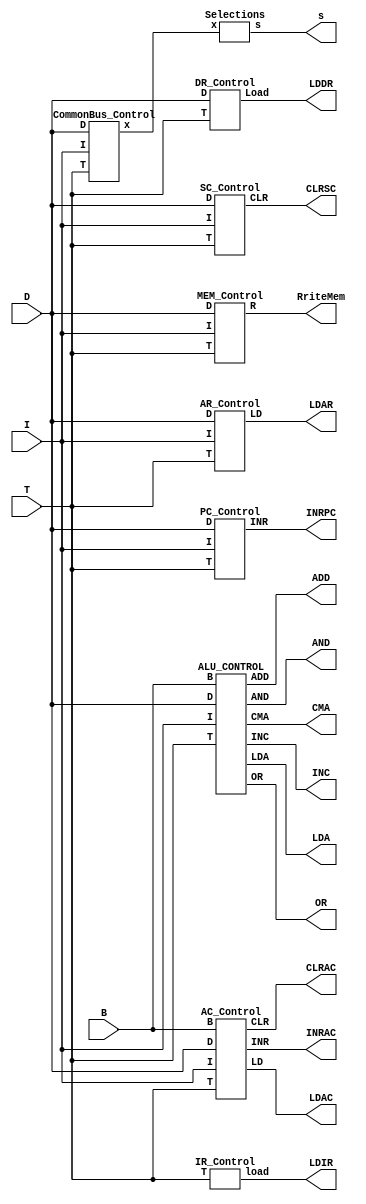
module ControlUnit ( 
    input [7:0] T, input [7:0] D ,input I, input [7:0] B, 
    output  LDAC, CLRAC, INRAC,LDAR,RriteMem,LDDR,LDIR,INRPC,CLRSC,
    output [0:2] s, 
    output AND,ADD,LDA,CMA,OR,INC
); 
// AC 
AC_Control my_ac ( 
    .T(T), 
    .D(D), 
    .I(I), 
    .B(B), 
    .LD(LDAC), 
    .CLR(CLRAC), 
    .INR(INRAC) 
); 
//AR 
AR_Control ar(
.I(I),
.T(T),
.D(D),
.LD(LDAR)
) ; 
 //DR OUT
 DR_Control dr ( 
 .T(T),
 .D(D),
 .Load(LDDR)
); 
 //IR
IR_Control  ir ( 
 .T(T),
 .load(LDIR)
); 
 //PC 
 PC_Control  pc ( 
 .T(T),
 .D(D),
 .I(I),
 .INR(INRPC)
); 
//RAM 
 MEM_Control mem ( 
 .I(I), 
 .T(T),  
 .D(D), 
 .R(RriteMem) 
); 
// SC 
SC_Control  sc ( 
 .T(T),
 .D(D),
 .I(I),
 .CLR(CLRSC)
); 
// controlBus 
wire [7:0]x; 
CommonBus_Control commanBus( 
.x(x),  
.D(D), 
.T(T), 
.I(I) 
); 
Selections SELECT( 
    .x(x), 
    .s(s) 
); 
ALU_CONTROL alu ( 
.B(B),  
.D(D), 
.T(T), 
.I(I),
.AND(AND),
.ADD(ADD),
.LDA(LDA),
.CMA(CMA),
.OR(OR),
.INC(INC) 
); 
endmodule 
//  AC_Control 
module AC_Control ( 
    input [7:0] T, input [7:0] D ,input I, input [7:0] B, 
    output  LD,CLR,INR 
); 
assign LD= (T[5]  & (D[0]|D[1]|D[2]) ) | ((D[7] & !I & T[3]) &B[2]) | (D[5]&T[5])|((D[7] & !I & T[3])&B[0]); //B[9]
assign CLR = (D[7] & !I & T[3]) & B[3]; //B[11]
assign INR =0;  //B[5]
endmodule 
//   AR_Control 
module AR_Control(LD, T, D, I); 
 input  I; 
 input [7:0] T, D; 
 output LD; 
 assign LD =((~D[7]) & I & T[3]) | T[2] |T[0];
endmodule 
//   DR_Control 
module DR_Control ( 
    Load,  T, D 
); 
input [7:0] T,D; 
 output Load ; 
 assign Load = (T[4] &(D[0] | D[1] | D[2] )) | (D[5]&T[4]) ; 
endmodule 
// IR_Control 
module IR_Control ( 
    load, T 
); 
input [7:0] T; 
output load; 
assign load=T[1]; 
endmodule 
// PC_Control 
module PC_Control ( 
    I, D, T,INR 
); 
input I; 
input [7:0] T, D; 
output  INR; 
assign INR=(T[1]); 
endmodule 
//CommonBus_Control 
module CommonBus_Control(x, D, T, I); 
 input  I; 
 input [7:0] T, D; 
 output [7:0] x;  
 assign x[0]=0; 
 assign x[1] = (D[4] & T[4]) | (D[5] & T[5]);  //AR  
 assign x[2] = (D[5] & T[4]) | T[0];  //PC  
 assign x[3] = (T[6] & D[6]) |(T[5] & D[2]);     //DR  
 assign x[4] = (D[3] & T[4]);     //AC  
 assign x[5] = T[2] ;   
 assign x[6] =0;       
 assign x[7] = T[1] | ((~D[7]) & I & T[3]) | ((D[0] | D[1] | D[2] |D[6]) & T[4]) | (D[5]&T[4]);   // M[AR]   
endmodule 
////////////////////////
module Selections ( 
 input [7:0]x, 
 output [2:0]s 
); 
assign s[0]=x[1] | x[3] | x[5] | x[7]; 
assign s[1]=x[2] | x[3] | x[6] | x[7]; 
assign s[2]=x[4] | x[5] | x[6] | x[7]; 
endmodule 
// ram_control 
module MEM_Control( 
 input  I, 
 input [7:0] T, D, 
 output wire R 
); 
 assign R = (T[1]) | (~D[7] & I & T[3]) | ((D[2] | D[1] | D[0]) & T[4]) | (D[5]&T[4]);  
endmodule 
// rest of instruction_control 
module ALU_CONTROL ( 
 T, D, I,B ,
AND,ADD,LDA,CMA,OR,INC
); 
input  I; 
input [7:0] T, D ; 
input [7:0] B; 
output AND,ADD,LDA,CMA,OR,INC  ; 
assign AND= D[0] & T[5]; 
assign ADD= D[1] & T[5]; 
assign LDA= D[2] & T[5]; 
assign CMA= (D[7] & !I & T[3]) & B[2]; 
assign OR= D[5]& T[5];    
assign INC=  (D[7] & !I & T[3]) & B[0];         
endmodule 
// sc_Control 
module SC_Control ( 
   T, D, I,CLR 
); 
input  I; 
input [7:0] T, D; 
output  CLR; 
 
assign CLR=((D[7] & ~I & T[3])|((D[0]|D[1]|D[2]|(D[5]))&T[5]));

//assign INR=~((D[3]|D[4])&T[4])|(D[7] & ~I & T[3])|((D[0]|D[1]|D[2]|D[5])&T[5]) |(D[6]&T[6]);

endmodule